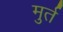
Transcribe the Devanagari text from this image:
मुर्त